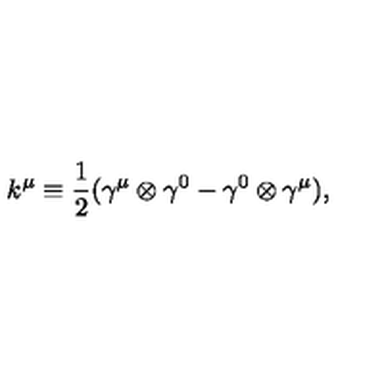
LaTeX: k ^ { \mu } \equiv \frac { 1 } { 2 } ( { \gamma } ^ { \mu } \otimes { \gamma } ^ { 0 } - { \gamma } ^ { 0 } \otimes { \gamma } ^ { \mu } ) ,